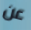
عن